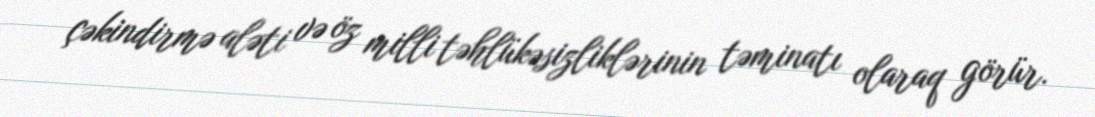
çəkindirmə aləti və öz milli təhlükəsizliklərinin təminatı olaraq görür.